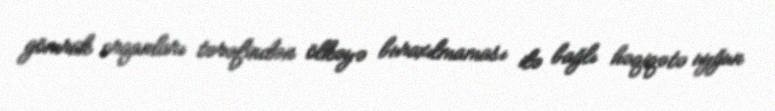
gömrük orqanları tərəfindən ölkəyə buraxılmaması ilə bağlı həqiqətə uyğun